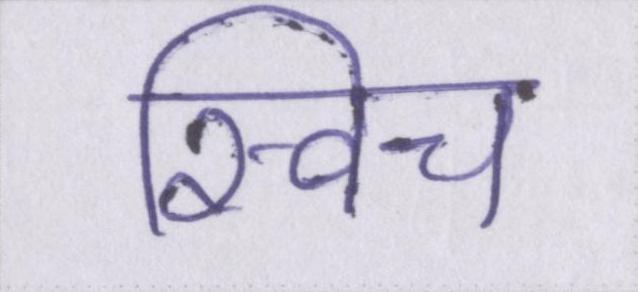
स्विच